Report on the lunatic asylums under the Government of Bombay - 1904-1913
Year: 1904
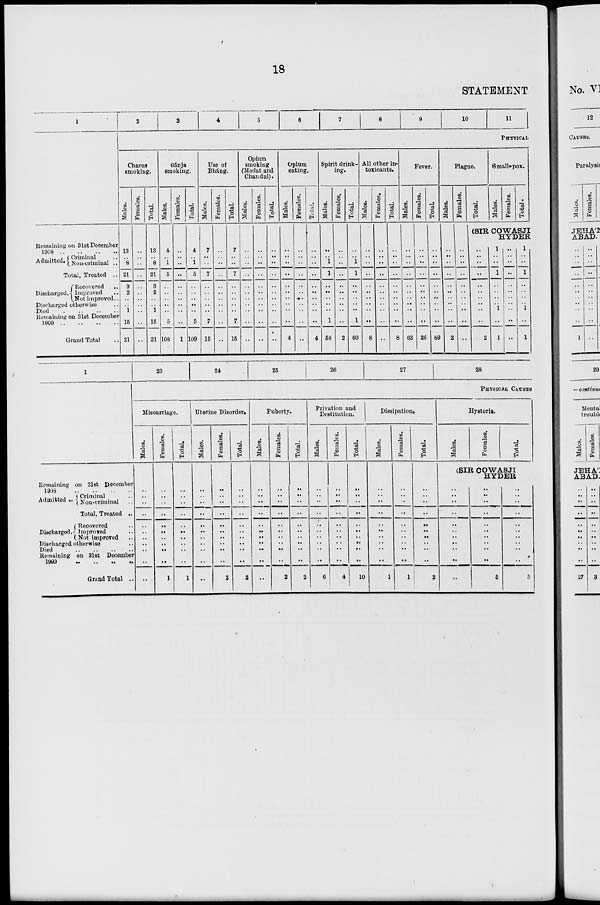
18
STATEMENT
1
Remaining on 31st December
1908 .. .. .. ..
Admitted . Criminal ..
Non-criminal ..
Total, Treated ..
Discharged .
Recovered
..
Improved ..
Not improved ..
Discharged otherwise ..
Died
..
..
..
..
Remaining on 31sb December
1909 .. .. .. ..
Grand Total ..
2
3
4
5
6
7
8
9
10
11
PHYSICAL
Charas
smoking.
Males.
13
..
8
21
3
2
..
..
1
15
21
Females.
..
..
..
..
..
..
..
..
..
..
..
Total.
13
..
8
21
3
2
..
..
1
15
21
Gánja
smoking.
Males.
4
..
1
5
..
..
..
..
..
5
108
Females.
..
..
..
..
..
..
..
..
..
..
1
Total.
4
..
1
5
..
..
..
..
..
5
109
Use of
Bháng.
Males.
7
..
..
7
..
..
..
..
..
7
15
Females.
..
..
..
..
..
..
..
..
..
..
..
Total.
7
..
..
7
..
..
..
..
..
7
15
Opium
smoking
(Madat and
Chandul).
Males.
..
..
..
..
..
..
..
..
..
..
..
Females.
..
..
..
..
..
..
..
..
..
..
..
Total.
..
..
..
..
..
..
..
..
..
..
..
Opium
eating.
Males.
..
..
..
..
..
..
..
..
..
..
4
Females.
..
..
..
..
..
..
..
..
..
..
..
Total.
..
..
..
..
..
..
..
..
..
..
4
Spirit drink-
ing.
Males.
..
..
1
1
..
..
..
..
..
1
58
Females.
..
..
..
..
..
..
..
..
..
..
2
Total.
..
..
1
1
..
..
..
..
..
1
60
All other in-
toxicants.
Males.
..
..
..
..
..
..
..
..
..
..
8
Females.
..
..
..
..
..
..
..
..
..
..
..
Total.
..
..
..
..
..
..
..
..
..
..
8
Fever.
Males.
..
..
..
..
..
..
..
..
..
..
63
Females.
..
..
..
..
..
..
..
..
..
..
26
Total.
..
..
..
..
..
..
..
..
..
..
89
Plague.
Males.
..
..
..
..
..
..
..
..
..
..
2
Females.
..
..
..
..
..
..
..
..
..
..
..
Total.
Small- pox.
Males.
Females.
Total.
(SIR COWASJI
HYDER
..
..
..
..
..
..
..
..
..
..
2
1
..
..
1
..
..
..
..
1
..
1
..
..
..
..
..
..
..
..
..
..
..
1
..
..
1
..
..
..
..
1
..
1
1
Remaining on 31st December
1908
..
..
..
..
Admitted .. Criminal ..
Non-criminal ..
Total, Treated ..
Discharged .
Recovered ..
Improved ..
Not improved ..
Discharged otherwise ..
Died .. .. .. ..
Remaining on 31st December
1909 .. .. .. ..
Grand Total ..
23
24
25
26
27
28
PHYSICAL CAUSES
Miscarriage.
Males.
..
..
..
..
..
..
..
..
..
..
..
Females.
..
..
..
..
..
..
..
..
..
..
1
Total.
..
..
..
..
..
..
..
..
..
..
1
Uterine Disorder.
Males.
..
..
..
..
..
..
..
..
..
..
..
Females.
..
..
..
..
..
..
..
..
..
..
2
Total.
..
..
..
..
..
..
..
..
..
..
2
Puberty.
Males.
..
..
..
..
..
..
..
..
..
..
Females.
..
..
..
..
..
..
..
..
..
..
2
Total.
..
..
..
..
..
..
..
..
..
2
Privation and
Destitution.
Males.
..
..
..
..
..
..
..
..
..
..
6
Females.
..
..
..
..
..
..
..
..
..
..
4
Total.
..
..
..
..
..
..
..
..
..
..
10
Dissipation.
Males.
..
..
..
..
..
..
..
..
..
..
1
Females.
..
..
..
..
..
..
..
..
..
..
1
Total.
..
..
..
..
..
..
..
..
..
..
2
Hysteria.
Males.
Females.
Total.
(SIR COWASJI
HYDER
..
..
..
..
..
..
..
..
..
..
..
..
..
..
..
..
..
..
..
..
..
5
..
..
..
..
..
..
..
..
..
..
5